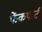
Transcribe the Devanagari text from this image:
फेंकफर्ट